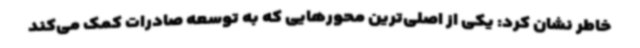
خاطر نشان کرد: یکی از اصلی‌ترین محورهایی که به توسعه صادرات کمک می‌کند